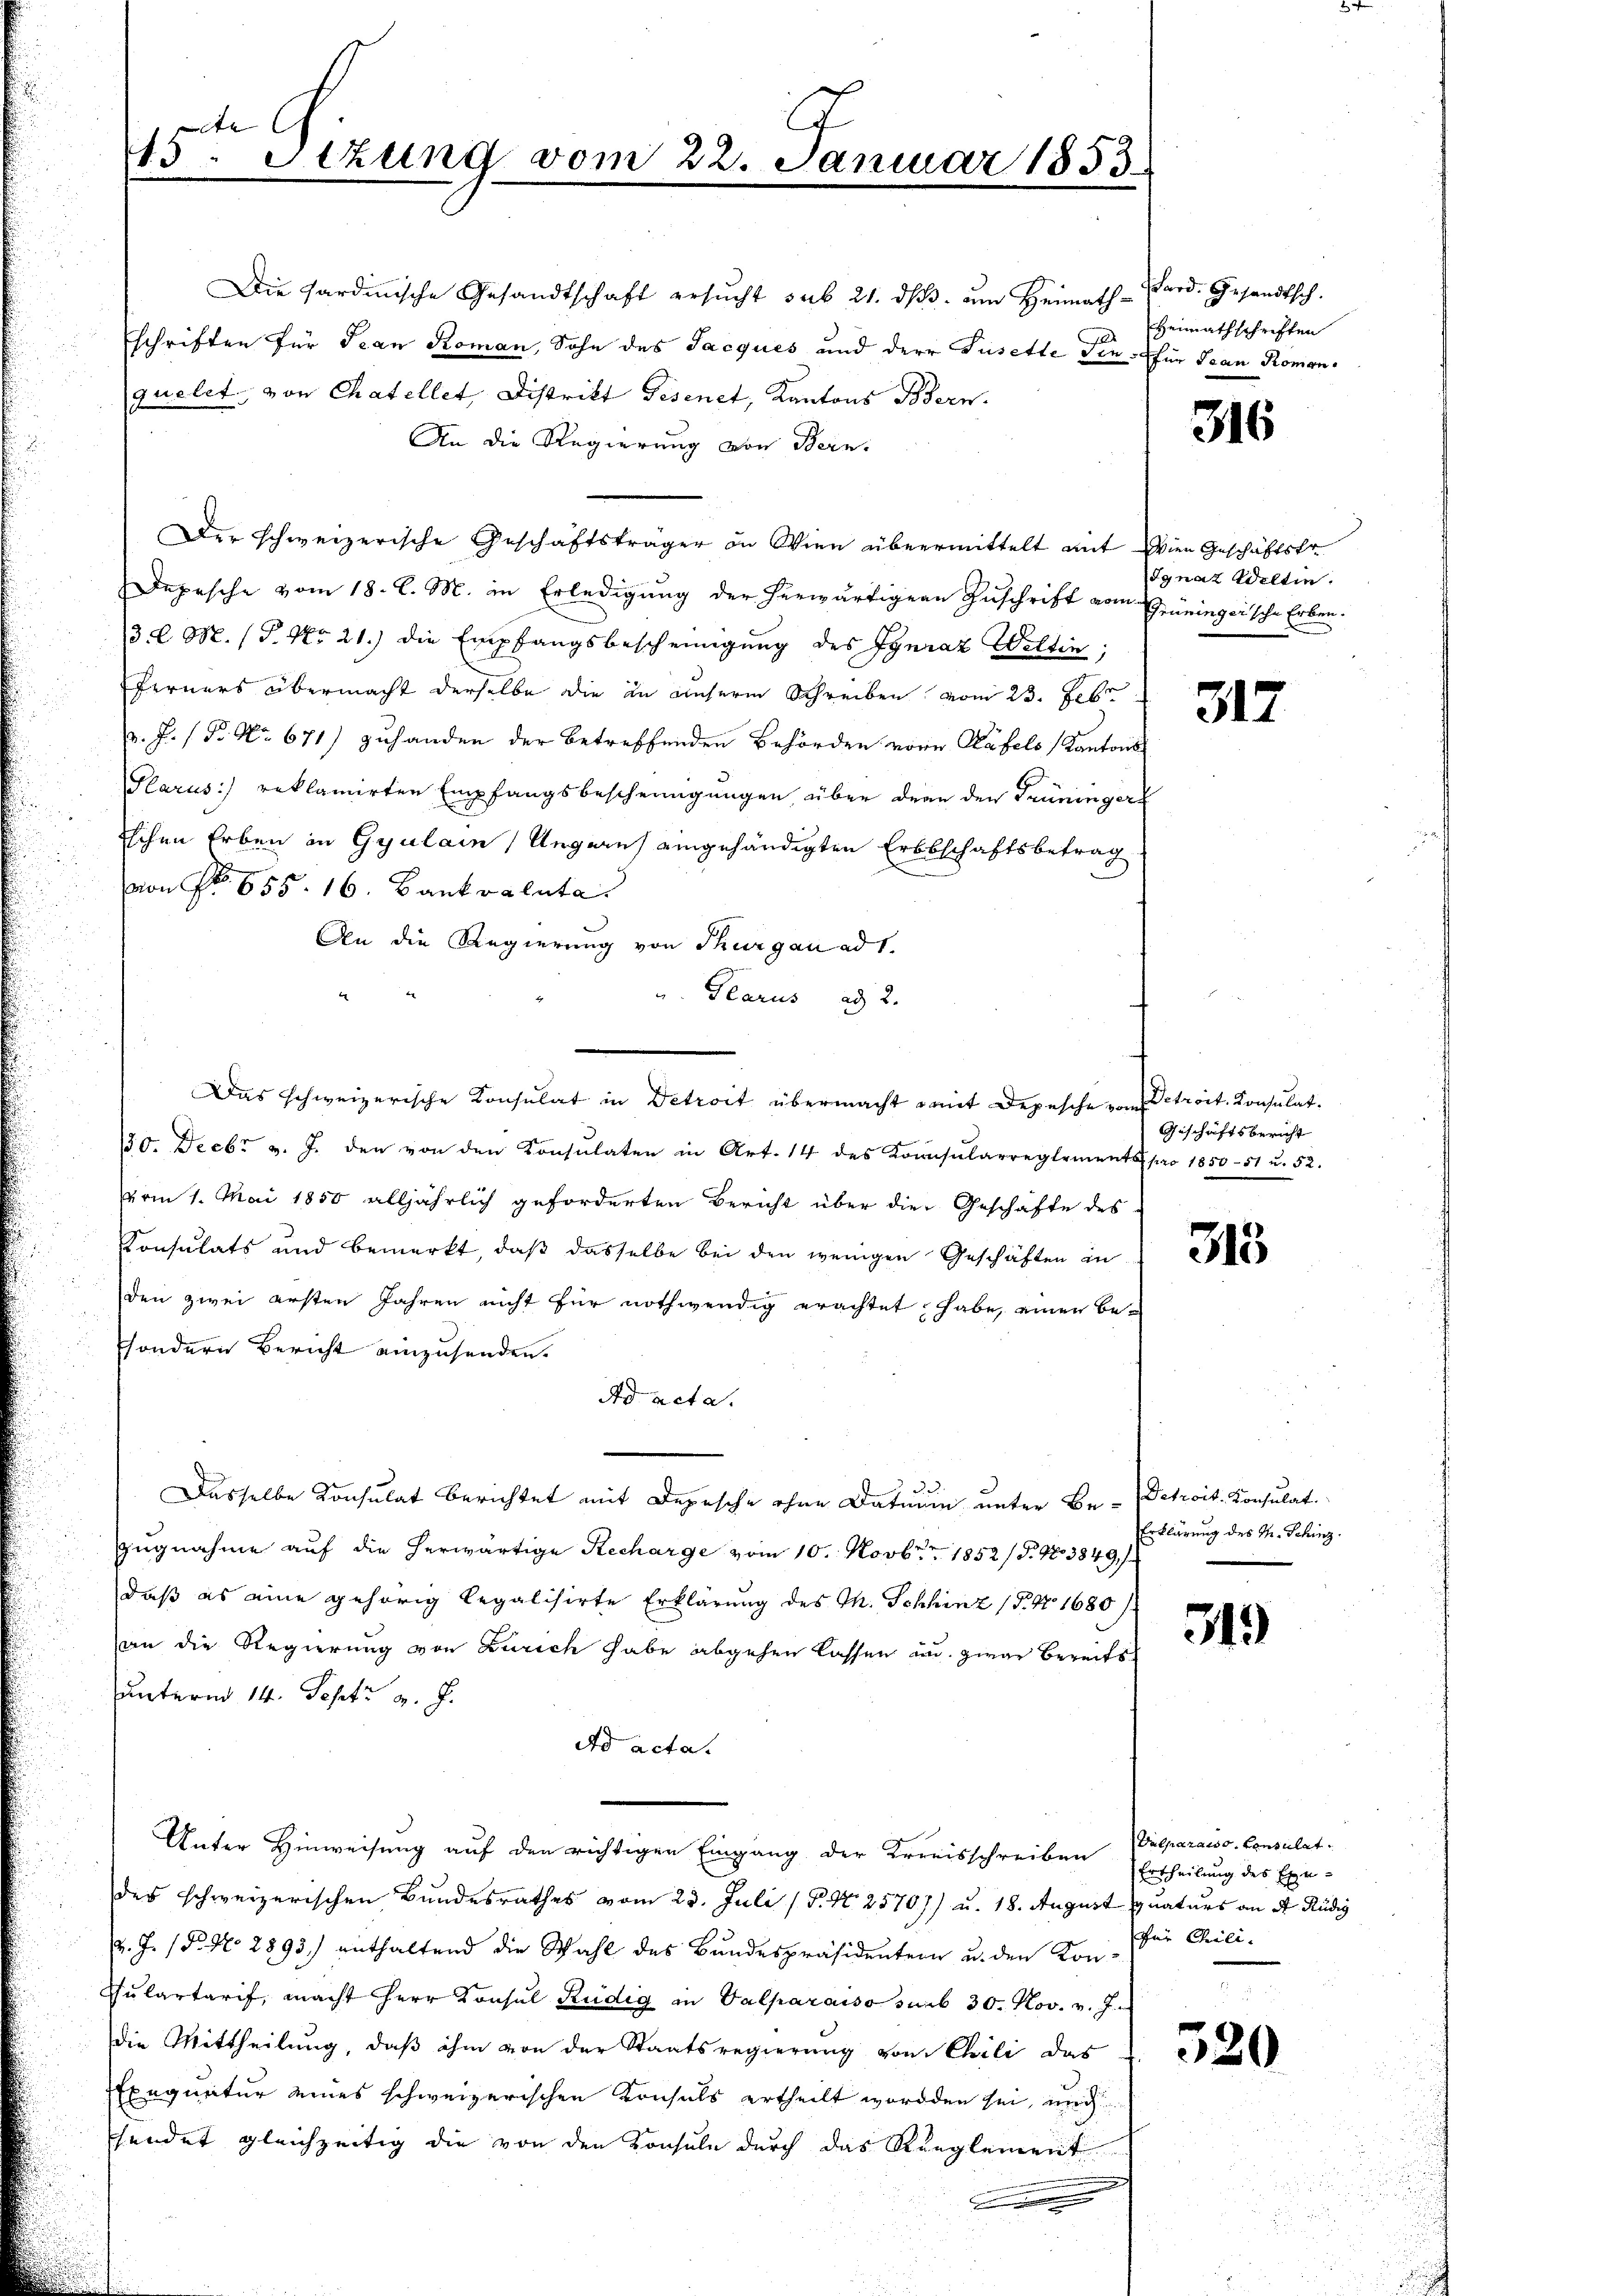
7
1
15. Sizung vom 22. Januar 1853.

Die Sardinische Gesandtschaft ersŭcht sub 21. dβ. am Heimathard. Gesandtsch.
schriften für Jean Roman, Sohn des Jacques und der Tusette den für Jean Romon.
quelet, von Chatellet, Distrikt Gesenet, Kantons Bern.
An die Regierung von Bern,
Der schweizerische Geschäftsträger an Wien übermittelt mit Wien Geschäftstr
Depesche vom 18. l. M. in Erledigung der herwärtigern Zuschrift vom Grüninger'sche Erben-
3. d. M. (T. No 21.) die Empfangsbescheinigung des Ignaz Weltin;
Ferners übermacht derselbe die in unserm Schreiben vom 23. Febr.
. J. P. Nr. 671) zuhanden der betreffenden Behörden vore Käfels Kantons
Glarus) reklamirten Empfangsbescheingungen über denn den Trüninger
Eschen Erben in Gyulain Ungaris eingehändigten Erbschaftsbetrag
u
von No 655. 16. Bankvaluta
An die Regierung von Thurgau ad 1.
u. Glarus ad 2.
10. Decbr v. J. den von den Konsulaten in Art. 14 des Konsularreglements pro 1850-51 u. 52.
vom 1. Mai 1850 alljährlich geforderten Bericht über die Geschäfte des
Konsulats und bemerkt, daß dasselbe bei den wenigen Geschäften in
den zwei ersten Jahren nicht für nothwendig erachtet habe, einen Be¬
Esondern Bericht einzusenden.
Ad acta.
Dasselbe Konsulat berichtet mit Depesche ohne Datuum unter Be- Derroit. Konsulat.
Zugnahme auf die herwärtige Recharge vom 10. Novbr. 1852/5. No 3849 f
daß es eine gehörig legalisirte Erklärung des Th. Schhinz (§. 1680/
an die Regierung von Zürich habe abgehen lassen und zwar bereits
unterm 14. Sept. v. J.
Ad acta.
Unter Hinweisung auf den richtigen Eingang der Kreisschreiben Ertheilung des Exe-
des schweizerischen Bundesrathes vom 23. Juli (§. N. 25707) u. 18. August quaturs an d Rüdig
v. J. P. Nro 2893) enthaltend die Wahl des Bundespräsidentern u. den Kon¬
Pulartarif, macht Herr Konsul Rudig in Valparaiso sub 30. Nov. v. J.
die Mittheilung, daß ihm von der Staatsregierung von Chili das
Exequatur eines schweizerischen Konsuls ertheilt worden sei, nich
sendet gleichzeitig die von den Konsule durch das Reglement
x

Das schweizerische Konsulat in Detroit übermacht mit Depesche vom Betreit. Konsulat¬

Heimathschriften

316

Ignaz Weltin.

317.

Geschäftsbericht

315

Erklärung des M. Schinz.

319

Valparato Consulat
für Chili-
.

520